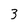
Character: 3